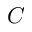
C